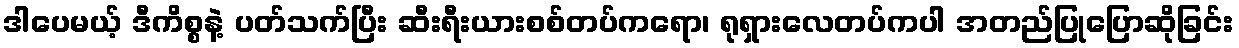
ဒါပေမယ့် ဒီကိစ္စနဲ့ ပတ်သက်ပြီး ဆီးရီးယားစစ်တပ်ကရော၊ ရုရှားလေတပ်ကပါ အတည်ပြုပြောဆိုခြင်း